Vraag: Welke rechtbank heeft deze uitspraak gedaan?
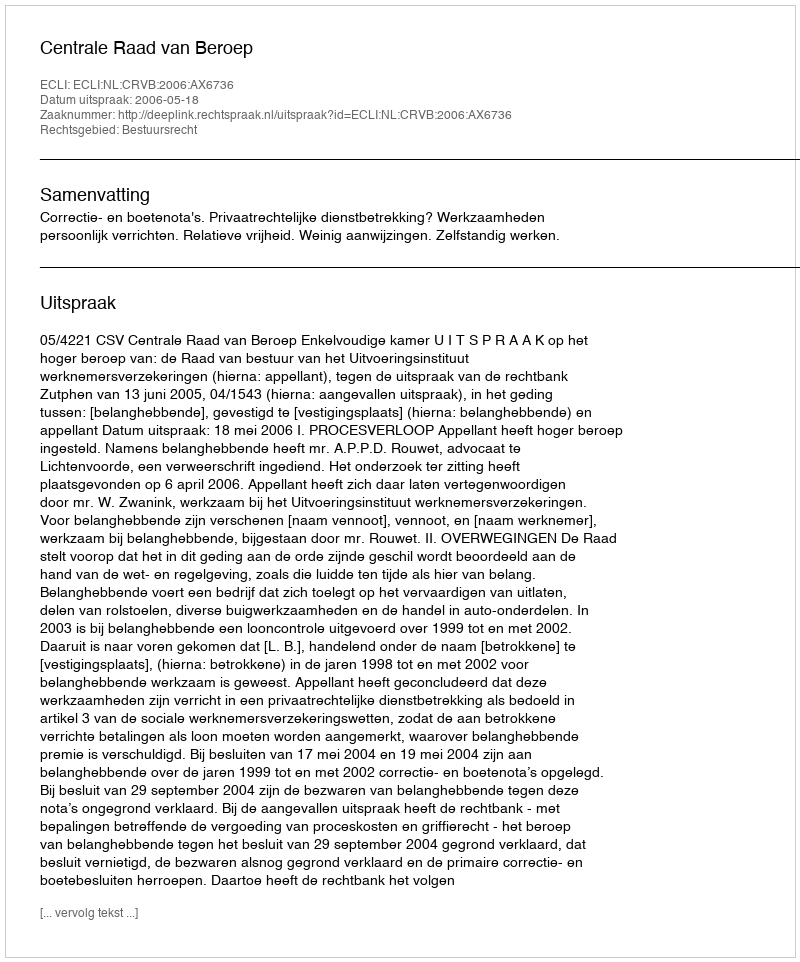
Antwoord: Centrale Raad van Beroep